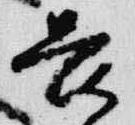
畏